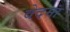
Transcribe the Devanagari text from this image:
वेदमां